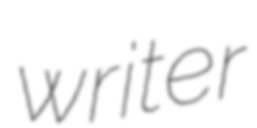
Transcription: writer